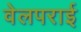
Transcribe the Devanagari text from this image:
वेलपराई